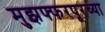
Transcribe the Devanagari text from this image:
मुझफ्फरपूरच्या